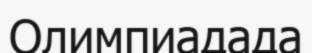
Олимпиадада